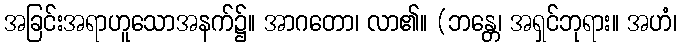
အခြင်းအရာဟူသောအနက်၌။ အာဂတော၊ လာ၏။ (ဘန္တေ၊ အရှင်ဘုရား။ အဟံ၊